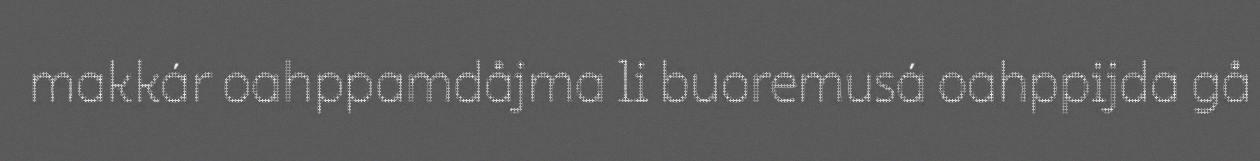
makkár oahppamdåjma li buoremusá oahppijda gå